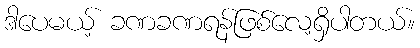
ဒါပေမယ့် ခဏခဏရန်ဖြစ်လေ့ရှိပါတယ်။